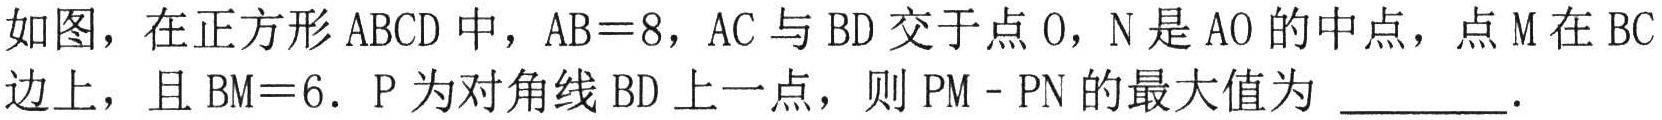
如图，在正方形 \(ABCD\) 中，\(AB = 8\)，\(AC\) 与 \(BD\) 交于点 \(O\)，\(N\) 是 \(AO\) 的中点，点 \(M\) 在 \(BC\) 边上，且 \(BM = 6\)．\(P\) 为对角线 \(BD\) 上一点，则 \(PM - PN\) 的最大值为 \(\underline{\quad\quad}\)．